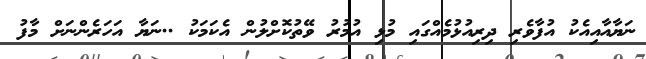
ނަޔާއާއިއެކު އުފާވެރި ދިރިއުޅުމެއްގައި މުޅި އުމުރު ވޭތުކޮށްލުން އެކަމަކު ..ނަޔާ އަހަރެންނަށް މާފު